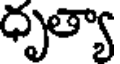
ధృత్యా